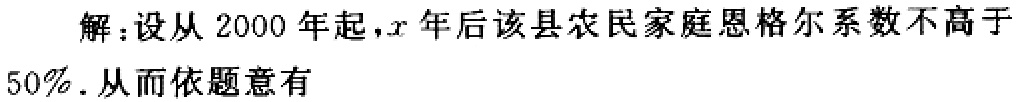
解：设从 2000 年起，\(x\)年后该县农民家庭恩格尔系数不高于

50% . 从而依题意有